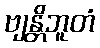
ဗျန္တိဘူတံ